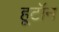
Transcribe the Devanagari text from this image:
हूटॉन